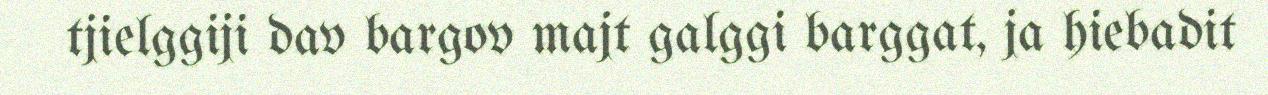
tjielggiji dav bargov majt galggi barggat, ja hiebadit